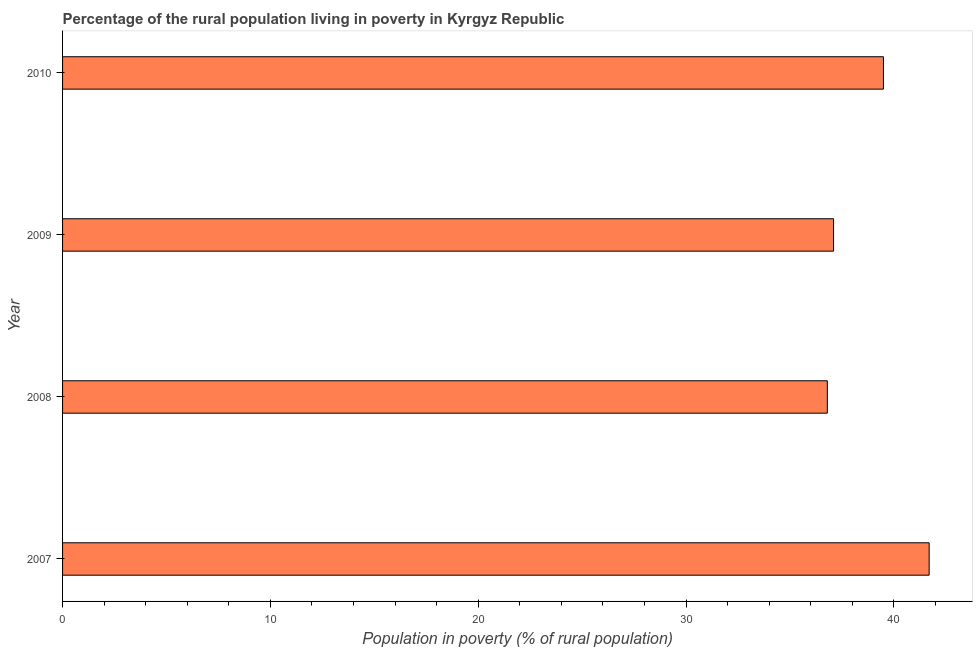
| Year | Rural poverty headcount ratio |
 | --- | --- |
 | 2007 | 41.7 |
 | 2008 | 36.8 |
 | 2009 | 37.1 |
 | 2010 | 39.5 |